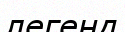
легенд